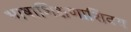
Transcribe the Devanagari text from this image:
भाषाशिक्षणाशिवय